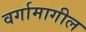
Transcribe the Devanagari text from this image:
वर्गामागील